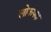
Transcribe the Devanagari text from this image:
लोकपक्ष